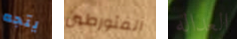
يتجه المتورطين العداله